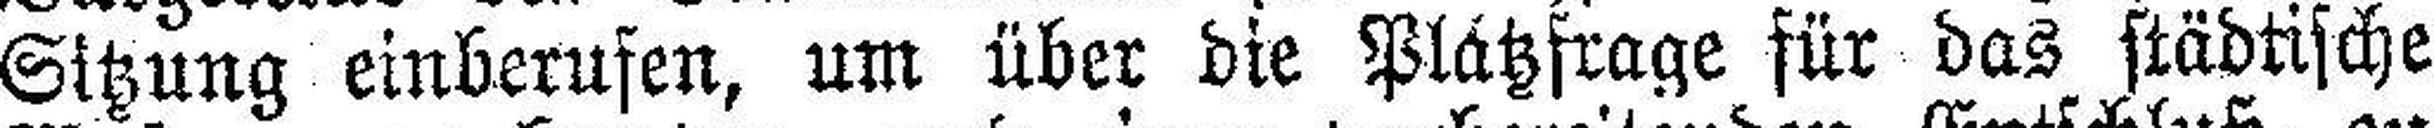
Sitzung einberufen, um über die Plätzfrage für das städtische